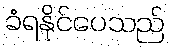
ခံရနိုင်ပေသည်